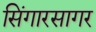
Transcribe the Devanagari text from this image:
सिंगारसागर